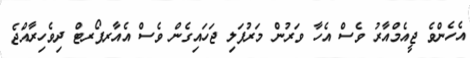
އެހެންވެ ޖީއެމްއާރު ވެސް އެހާ ވަރުން މަރުފަލި ޖަހައިގެން ވެސް އެއާރޕޯރޓް ދިވެހިރާއްޖެ